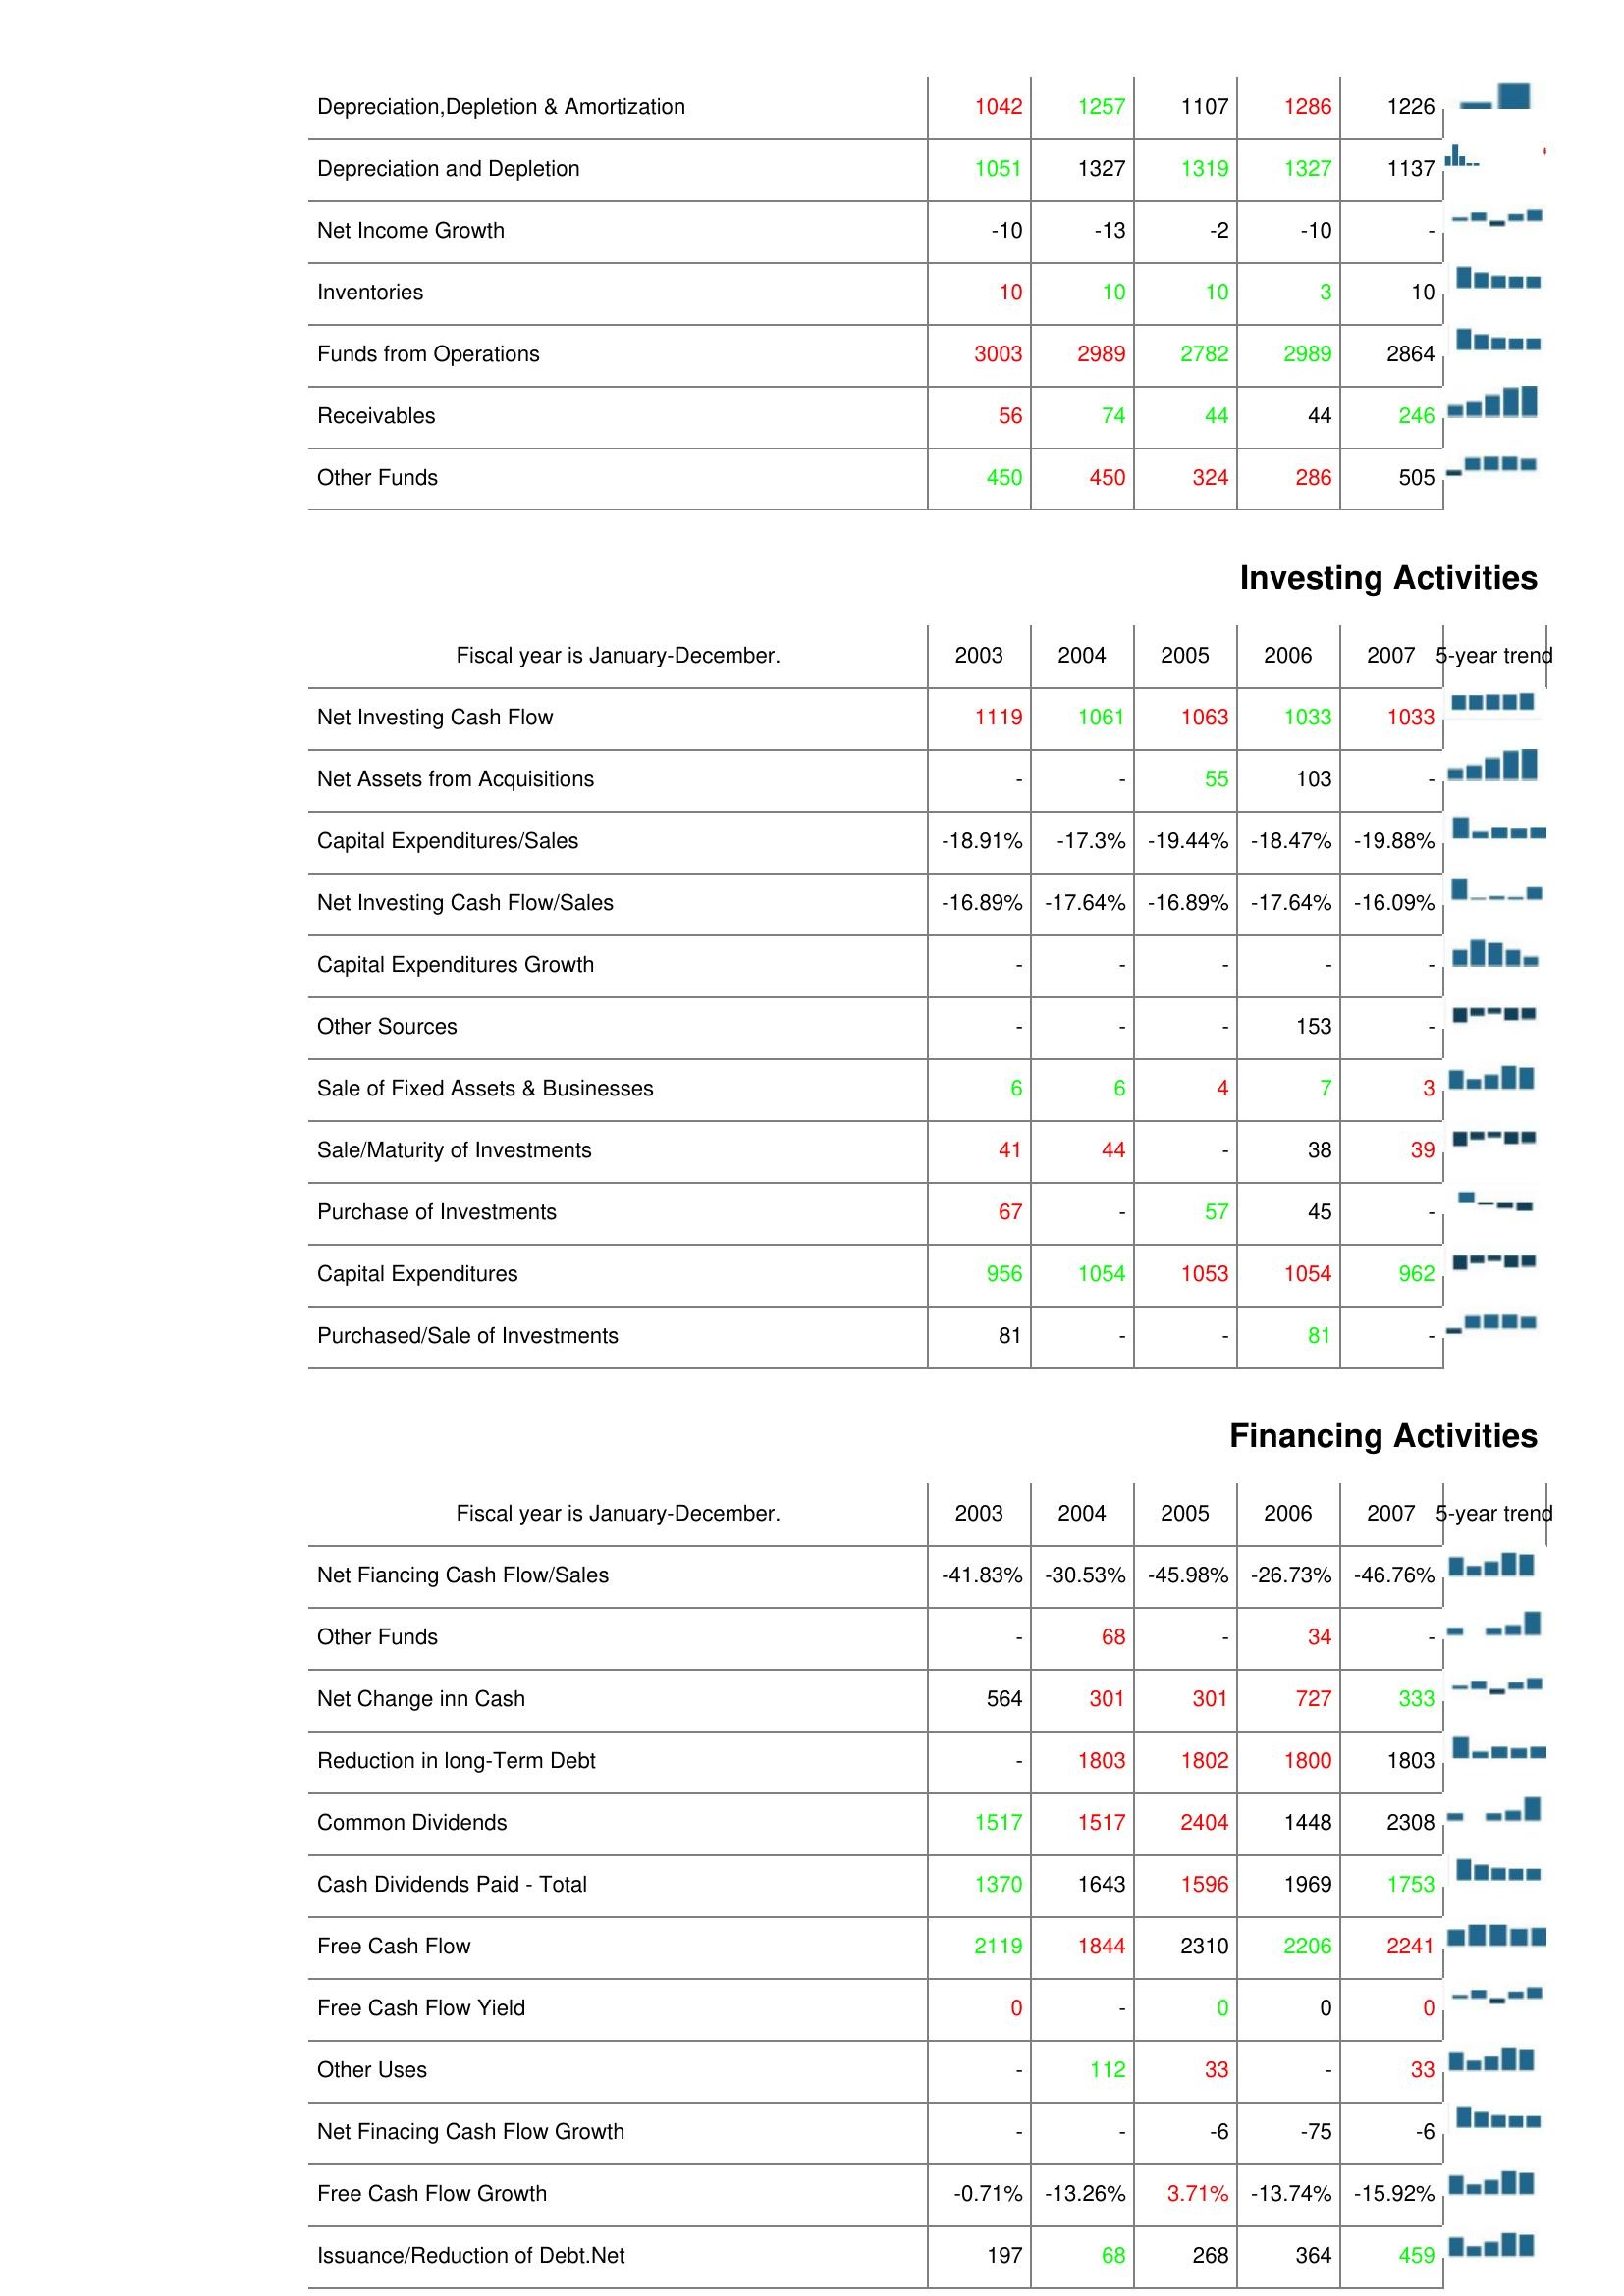
2003: Operating Activities: Depreciation,Depletion & Amortization: 1042
Depreciation and Depletion: 1051
Net Income Growth: -10
Inventories: 10
Funds from Operations: 3003
Receivables: 56
Other Funds: 450
Investing Activities: Net Investing Cash Flow: 1119
Net Assets from Acquisitions: -
Capital Expenditures/Sales: -18.91%
Net Investing Cash Flow/Sales: -16.89%
Capital Expenditures Growth: -
Other Sources: -
Sale of Fixed Assets & Businesses: 6
Sale/Maturity of Investments: 41
Purchase of Investments: 67
Capital Expenditures: 956
Purchased/Sale of Investments: 81
Financing Activities: Net Fiancing Cash Flow/Sales: -41.83%
Other Funds: -
Net Change inn Cash: 564
Reduction in long-Term Debt: -
Common Dividends: 1517
Cash Dividends Paid - Total: 1370
Free Cash Flow: 2119
Free Cash Flow Yield: 0
Other Uses: -
Net Finacing Cash Flow Growth: -
Free Cash Flow Growth: -0.71%
Issuance/Reduction of Debt.Net: 197
2004: Operating Activities: Depreciation,Depletion & Amortization: 1257
Depreciation and Depletion: 1327
Net Income Growth: -13
Inventories: 10
Funds from Operations: 2989
Receivables: 74
Other Funds: 450
Investing Activities: Net Investing Cash Flow: 1061
Net Assets from Acquisitions: -
Capital Expenditures/Sales: -17.3%
Net Investing Cash Flow/Sales: -17.64%
Capital Expenditures Growth: -
Other Sources: -
Sale of Fixed Assets & Businesses: 6
Sale/Maturity of Investments: 44
Purchase of Investments: -
Capital Expenditures: 1054
Purchased/Sale of Investments: -
Financing Activities: Net Fiancing Cash Flow/Sales: -30.53%
Other Funds: 68
Net Change inn Cash: 301
Reduction in long-Term Debt: 1803
Common Dividends: 1517
Cash Dividends Paid - Total: 1643
Free Cash Flow: 1844
Free Cash Flow Yield: -
Other Uses: 112
Net Finacing Cash Flow Growth: -
Free Cash Flow Growth: -13.26%
Issuance/Reduction of Debt.Net: 68
2005: Operating Activities: Depreciation,Depletion & Amortization: 1107
Depreciation and Depletion: 1319
Net Income Growth: -2
Inventories: 10
Funds from Operations: 2782
Receivables: 44
Other Funds: 324
Investing Activities: Net Investing Cash Flow: 1063
Net Assets from Acquisitions: 55
Capital Expenditures/Sales: -19.44%
Net Investing Cash Flow/Sales: -16.89%
Capital Expenditures Growth: -
Other Sources: -
Sale of Fixed Assets & Businesses: 4
Sale/Maturity of Investments: -
Purchase of Investments: 57
Capital Expenditures: 1053
Purchased/Sale of Investments: -
Financing Activities: Net Fiancing Cash Flow/Sales: -45.98%
Other Funds: -
Net Change inn Cash: 301
Reduction in long-Term Debt: 1802
Common Dividends: 2404
Cash Dividends Paid - Total: 1596
Free Cash Flow: 2310
Free Cash Flow Yield: 0
Other Uses: 33
Net Finacing Cash Flow Growth: -6
Free Cash Flow Growth: 3.71%
Issuance/Reduction of Debt.Net: 268
2006: Operating Activities: Depreciation,Depletion & Amortization: 1286
Depreciation and Depletion: 1327
Net Income Growth: -10
Inventories: 3
Funds from Operations: 2989
Receivables: 44
Other Funds: 286
Investing Activities: Net Investing Cash Flow: 1033
Net Assets from Acquisitions: 103
Capital Expenditures/Sales: -18.47%
Net Investing Cash Flow/Sales: -17.64%
Capital Expenditures Growth: -
Other Sources: 153
Sale of Fixed Assets & Businesses: 7
Sale/Maturity of Investments: 38
Purchase of Investments: 45
Capital Expenditures: 1054
Purchased/Sale of Investments: 81
Financing Activities: Net Fiancing Cash Flow/Sales: -26.73%
Other Funds: 34
Net Change inn Cash: 727
Reduction in long-Term Debt: 1800
Common Dividends: 1448
Cash Dividends Paid - Total: 1969
Free Cash Flow: 2206
Free Cash Flow Yield: 0
Other Uses: -
Net Finacing Cash Flow Growth: -75
Free Cash Flow Growth: -13.74%
Issuance/Reduction of Debt.Net: 364
2007: Operating Activities: Depreciation,Depletion & Amortization: 1226
Depreciation and Depletion: 1137
Net Income Growth: -
Inventories: 10
Funds from Operations: 2864
Receivables: 246
Other Funds: 505
Investing Activities: Net Investing Cash Flow: 1033
Net Assets from Acquisitions: -
Capital Expenditures/Sales: -19.88%
Net Investing Cash Flow/Sales: -16.09%
Capital Expenditures Growth: -
Other Sources: -
Sale of Fixed Assets & Businesses: 3
Sale/Maturity of Investments: 39
Purchase of Investments: -
Capital Expenditures: 962
Purchased/Sale of Investments: -
Financing Activities: Net Fiancing Cash Flow/Sales: -46.76%
Other Funds: -
Net Change inn Cash: 333
Reduction in long-Term Debt: 1803
Common Dividends: 2308
Cash Dividends Paid - Total: 1753
Free Cash Flow: 2241
Free Cash Flow Yield: 0
Other Uses: 33
Net Finacing Cash Flow Growth: -6
Free Cash Flow Growth: -15.92%
Issuance/Reduction of Debt.Net: 459